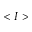
< I >